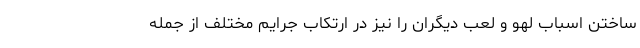
ساختن اسباب لهو و لعب دیگران را نیز در ارتکاب جرایم مختلف از جمله